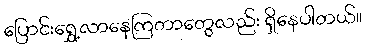
ပြောင်းရွှေ့လာနေကြတာတွေလည်း ရှိနေပါတယ်။